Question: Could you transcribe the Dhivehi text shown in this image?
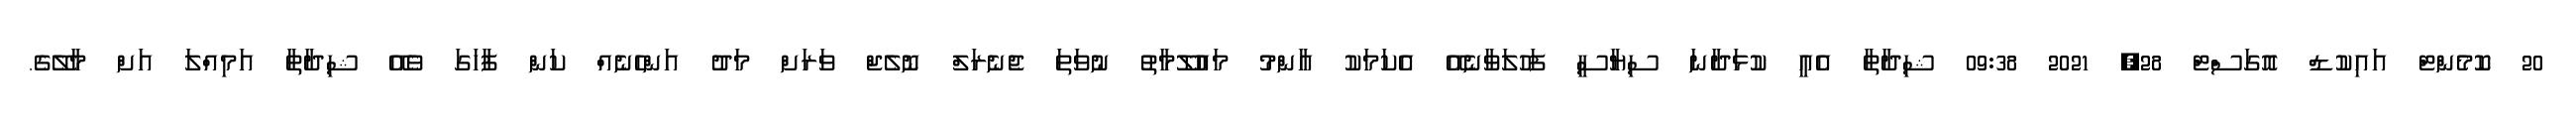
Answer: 20 ކޮމެންޓް އައިކުޑް އޮގަސްޓް 28, 2021 09:38 ޝިދާތާ އެއީ ކުޅަދާނަ ސިޔާސީ ފަހުލަވާނެއޭ އެކަމަކު އާންމު މައުލޫމާތު ނުވަތަ ޖެނެރަލް ނޮލެޖް ވަރަށް މަދު އަންހެނެއް ކަން ފާހަގަ ވެއޭ ޝިދާތާ އަމިއްލަ އަށް މާލޭގެ.